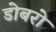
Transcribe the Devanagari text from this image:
डोबरो